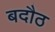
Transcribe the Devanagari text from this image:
बदौठ